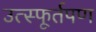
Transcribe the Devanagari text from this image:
उत्स्फूर्तपण